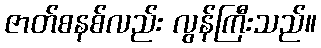
ဇာတ်စနစ်လည်း လွန်ကြီးသည်။